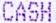
CASH